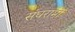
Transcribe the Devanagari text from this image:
संघरामों